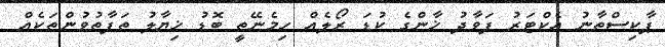
ޕާކިސްތާނު އެކްޓަރު ފަވާދު ޚާންގެ ކުޑަ ރޯލެއް ހިމެނޭތީ ބޮޑު ޚިޔާލު ތަފާތުވުންތަކެއް